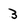
Character: 3